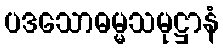
ပဒသောဓမ္မသမုဋ္ဌာနံ